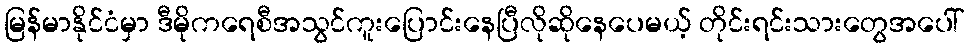
မြန်မာနိုင်ငံမှာ ဒီမိုကရေစီအသွင်ကူးပြောင်းနေပြီလိုဆိုနေပေမယ့် တိုင်းရင်းသားတွေအပေါ်